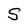
Character: S